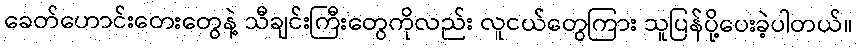
ခေတ်ဟောင်းတေးတွေနဲ့ သီချင်းကြီးတွေကိုလည်း လူငယ်တွေကြား သူပြန်ပို့ပေးခဲ့ပါတယ်။